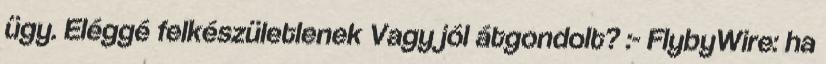
ügy. Eléggé felkészületlenek Vagy jól átgondolt? :- FlybyWire: ha